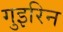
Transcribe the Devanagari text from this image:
गुइरिन